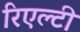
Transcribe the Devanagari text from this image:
रिएल्टी